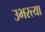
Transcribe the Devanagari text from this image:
उभरत्या